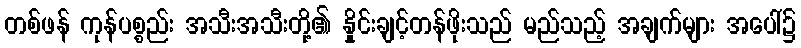
တစ်ဖန် ကုန်ပစ္စည်း အသီးအသီးတို့၏ နှိုင်းချင့်တန်ဖိုးသည် မည်သည့် အချက်များ အပေါ်၌